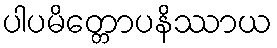
ပါပမိတ္တောပနိဿာယ